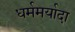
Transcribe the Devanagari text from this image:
धर्ममर्यादा